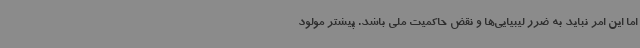
اما این امر نباید به ضرر لیبیایی‌ها و نقض حاکمیت ملی باشد. پیشتر مولود